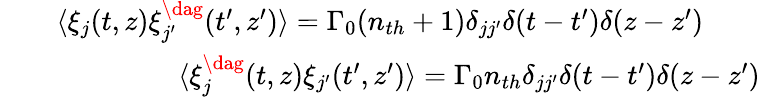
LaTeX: \begin{array}{rlr}&{}&{\langle\xi_{j}(t,z)\xi_{j^{\prime}}^{\dag}(t^{\prime},z^{\prime})\rangle=\Gamma_{0}(n_{th}+1)\delta_{jj^{\prime}}\delta(t-t^{\prime})\delta(z-z^{\prime})\quad\quad}\\ &{}&{\langle\xi_{j}^{\dag}(t,z)\xi_{j^{\prime}}(t^{\prime},z^{\prime})\rangle=\Gamma_{0}n_{th}\delta_{jj^{\prime}}\delta(t-t^{\prime})\delta(z-z^{\prime})}\end{array}